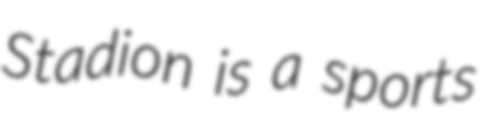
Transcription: Stadion is a sports